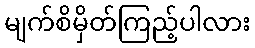
မျက်စိမှိတ်ကြည့်ပါလား